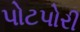
પોટપોરી